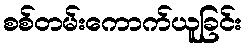
စစ်တမ်းကောက်ယူခြင်း